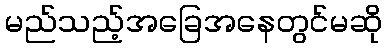
မည်သည့်အခြေအနေတွင်မဆို